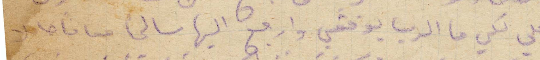
على لكي ما الرب يوفقني وارجع اليها سالمًا معافًا لا